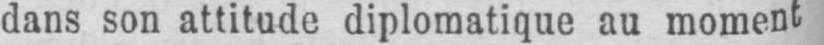
dans son attitude diplomatique au moment